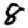
Digit: 8